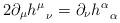
LaTeX: \begin{align*}2\partial_{\mu}h^{\mu}_{\;\;\;\nu}=\partial_{\nu}h^{\alpha}_{\;\;\;\alpha} \end{align*}